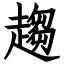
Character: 趨